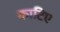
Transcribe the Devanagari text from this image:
काटिए